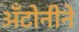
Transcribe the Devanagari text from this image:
अँटोनीने